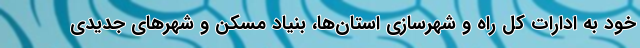
خود به ادارات کل راه و شهرسازی استان‌ها، بنیاد مسکن و شهرهای جدیدی